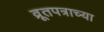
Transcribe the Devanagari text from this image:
व्रूतपत्राच्या